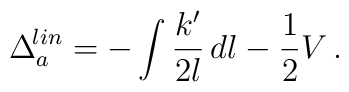
\Delta_a^{\!lin}=-\int\frac{k'}{2l}\, dl -\frac{1}{2}V\, .